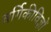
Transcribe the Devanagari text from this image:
वर्गिकीविज्ञों